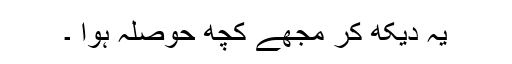
یہ دیکھ کر مجھے کچھ حوصلہ ہوا ۔